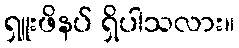
ရှူးဖိနပ် ရှိပါသလား။